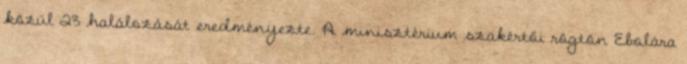
közül 23 halálozását eredményezte. A minisztérium szakértői rögtön Ebolára